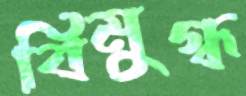
বিমুগ্ধ